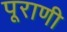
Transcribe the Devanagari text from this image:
पूराणी